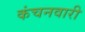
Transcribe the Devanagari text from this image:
कंचनवारी